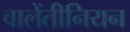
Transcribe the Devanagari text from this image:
वालेंतीनियन